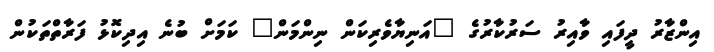
އިންޒާރު ދީފައި ވާއިރު ސަރުކާރުގެ "އަނިޔާވެރިކަން ނިންމަން" ކަމަށް ބުނެ އިދިކޮޅު ފަރާތްތަކުން